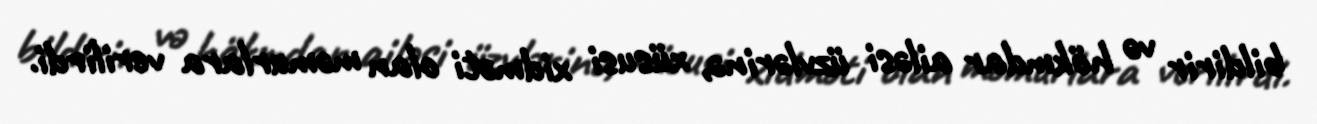
bildirir və hökmdar ailəsi üzvlərinə, xüsusi xidməti olan məmurlara verilirdi.